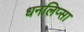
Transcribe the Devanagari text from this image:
धनलिप्सा